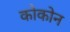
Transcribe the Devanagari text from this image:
कोकोन